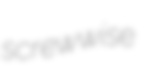
screwwise